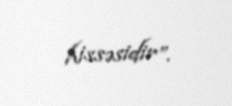
hissəsidir”.